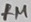
Text: 1M